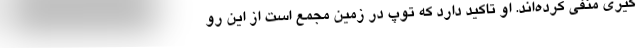
گیری منفی کرده‌اند. او تاکید دارد که توپ در زمین مجمع است از این رو